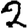
Digit: 2